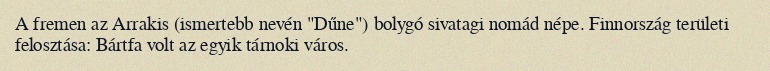
A fremen az Arrakis (ismertebb nevén "Dűne") bolygó sivatagi nomád népe. Finnország területi felosztása: Bártfa volt az egyik tárnoki város.